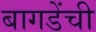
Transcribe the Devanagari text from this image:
बागडेंची